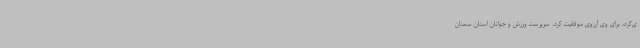
ی‌کرد، برای وی آرزوی موفقیت کرد. سرپرست ورزش و جوانان استان سمنان